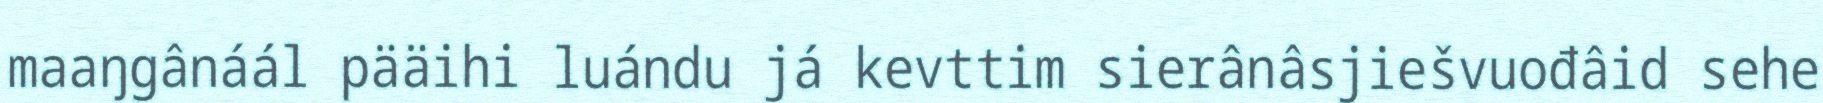
maaŋgânáál pääihi luándu já kevttim sierânâsjiešvuođâid sehe